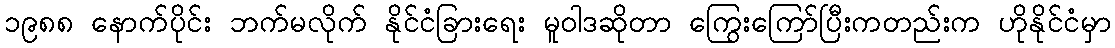
၁၉၈၈ နောက်ပိုင်း ဘက်မလိုက် နိုင်ငံခြားရေး မူဝါဒဆိုတာ ကြွေးကြော်ပြီးကတည်းက ဟိုနိုင်ငံမှာ